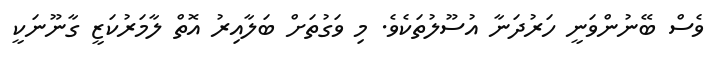
ވެސް ބޭނުންވަނީ ހަރުދަނާ އުސޫލުތަކެވެ. މި ވަގުތަށް ބަލާއިރު އޮތް ލާމަރުކަޒީ ގާނޫނަކީ